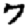
Digit: 7